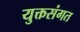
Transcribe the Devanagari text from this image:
युक्तसंगत